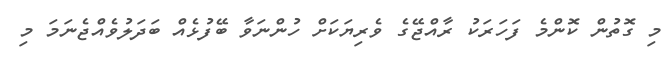
މި ގޮތުން ކޮންމެ ފަހަރަކު ރާއްޖޭގެ ވެރިޔަކަށް ހުންނަވާ ބޭފުޅެއް ބަދަލުވެއްޖެނަމަ މި